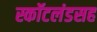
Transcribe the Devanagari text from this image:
स्कॉटलंडसह